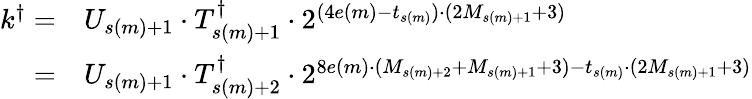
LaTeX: \begin{array}{rl}{k^{\dagger}=}&{U_{s(m)+1}\cdot T_{s(m)+1}^{\dagger}\cdot 2^{(4e(m)-t_{s(m)})\cdot(2M_{s(m)+1}+3)}}\\ {=}&{U_{s(m)+1}\cdot T_{s(m)+2}^{\dagger}\cdot 2^{8e(m)\cdot(M_{s(m)+2}+M_{s(m)+1}+3)-t_{s(m)}\cdot(2M_{s(m)+1}+3)}}\end{array}